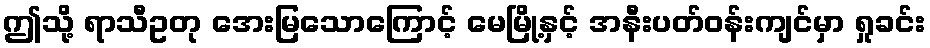
ဤသို့ ရာသီဥတု အေးမြသောကြောင့် မေမြို့နှင့် အနီးပတ်ဝန်းကျင်မှာ ရှုခင်း